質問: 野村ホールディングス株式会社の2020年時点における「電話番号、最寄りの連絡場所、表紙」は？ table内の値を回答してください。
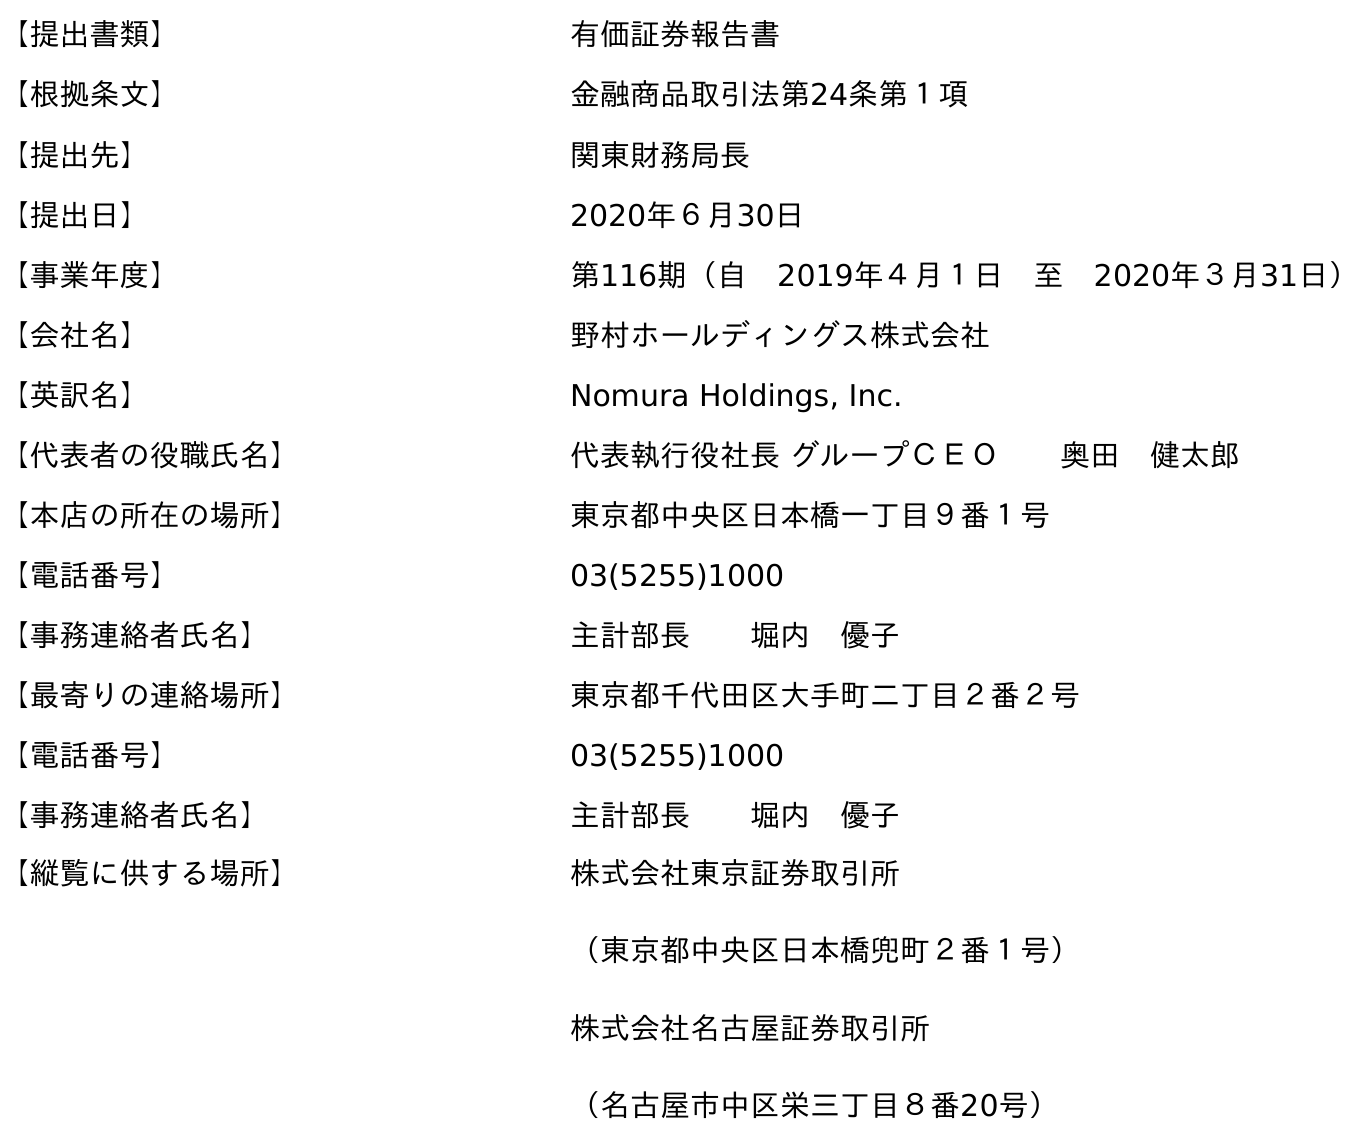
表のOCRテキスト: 【提出書類】 有価証券報告書 【根拠条文】 金融商品取引法第24条第１項 【提出先】 関東財務局長 【提出日】 2020年６月30日 【事業年度】 第116期（自 2019年４月１日 至 2020年３月31日） 【会社名】 野村ホールディングス株式会社 【英訳名】 Nomura Holdings, Inc. 【代表者の役職氏名】 代表執行役社長 グループＣＥＯ  奥田 健太郎 【本店の所在の場所】 東京都中央区日本橋一丁目９番１号 【電話番号】 03(5255)1000 【事務連絡者氏名】 主計部長  堀内 優子 【最寄りの連絡場所】 東京都千代田区大手町二丁目２番２号 【電話番号】 03(5255)1000 【事務連絡者氏名】 主計部長  堀内 優子 【縦覧に供する場所】 株式会社東京証券取引所 （東京都中央区日本橋兜町２番１号） 株式会社名古屋証券取引所 （名古屋市中区栄三丁目８番20号）
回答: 03(5255)1000